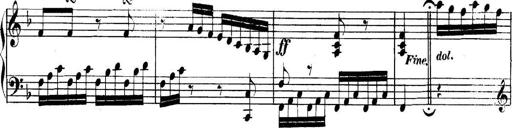
Title: Collected Piano Sonatas
Composer: Muzio Clementi